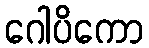
ဂေါပိကော